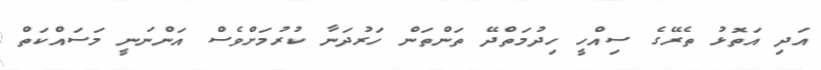
އަދި އަތޮޅު ތެރޭގެ ސިއްހީ ހިދުމަތްދޭ ތަންތަން ހަރުދަނާ ކުރުމަށްވެސް އަންނަނީ މަސައްކަތް